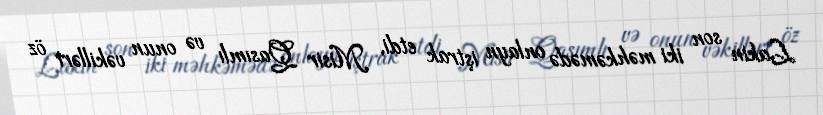
Lakin son iki məhkəmədə onlayn iştrak etdi, Misir Qasımlı və onun vəkilləri öz